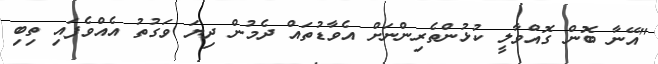
"އޭނާ ބޮން ގޮއްވާލީ ކުޅުންތެރިންނަށް އެވާޑުތައް ދެމުން ދިޔަ ވަގުތު އެއްވެފައި ތިބި